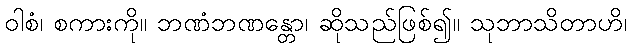
ဝါစံ၊ စကားကို။ ဘဏံဘဏန္တော၊ ဆိုသည်ဖြစ်၍။ သုဘာသိတာဟိ၊